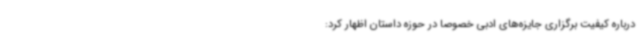
درباره کیفیت برگزاری جایزه‌های ادبی خصوصا در حوزه داستان اظهار کرد: